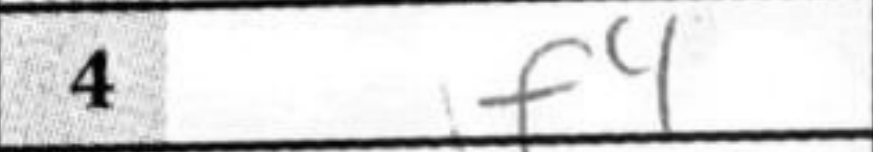
Transcription: f4